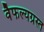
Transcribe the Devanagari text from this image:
वैफल्यग्रस्त